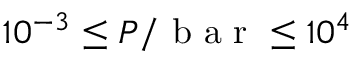
1 0 ^ { - 3 } \le P / \mathrm { ~ b ~ a ~ r ~ } \le 1 0 ^ { 4 }